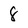
Character: 8